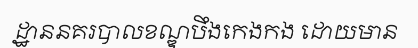
ដ្ឋាននគរបាលខណ្ឌបឹងកេងកង ដោយមាន